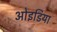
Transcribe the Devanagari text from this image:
ओइडिया